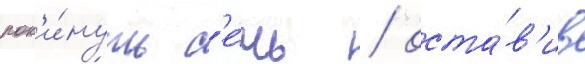
пок'и́нуть с'е́чь / оста́в'ив